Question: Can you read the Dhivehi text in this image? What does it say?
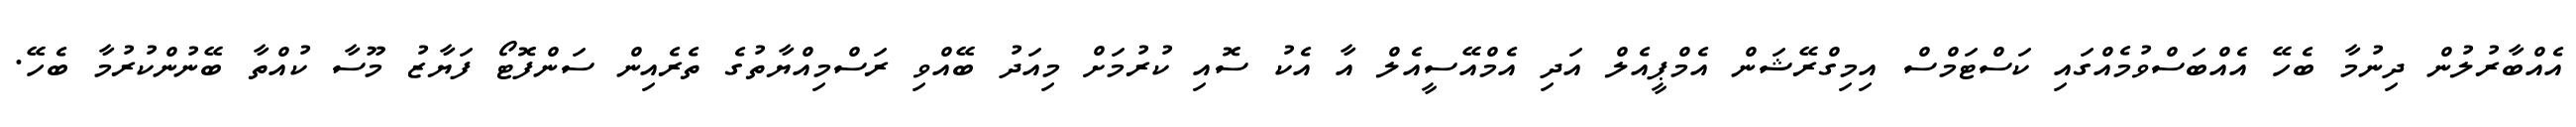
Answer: އެއްބާރުލުން ދިނުމާ ބެހޭ އެއްބަސްވުމެއްގައި ކަސްޓަމްސް އިމިގްރޭޝަން އެމްޕީއެލް އަދި އެމްއޭސީއެލް އާ އެކު ސޮއި ކުރުމަށް މިއަދު ބޭއްވި ރަސްމިއްޔާތުގެ ތެރެއިން ސަންފޮޓޯ ފަޔާޒު މޫސާ ކުއްތާ ބޭނުންކުރުމާ ބެހޭ.